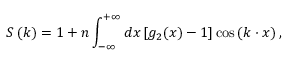
S \left( k \right) = 1 + n \int _ { - \infty } ^ { + \infty } d x \left[ g _ { 2 } ( x ) - 1 \right] \cos \left( k \cdot x \right) ,